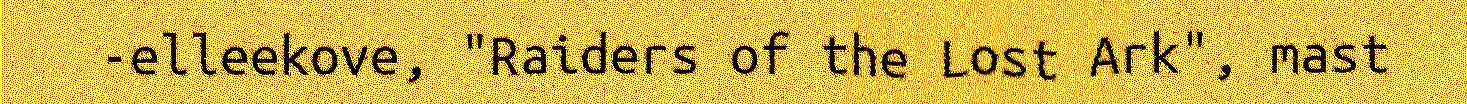
-elleekove, "Raiders of the Lost Ark", mast